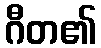
ဂီတ၏